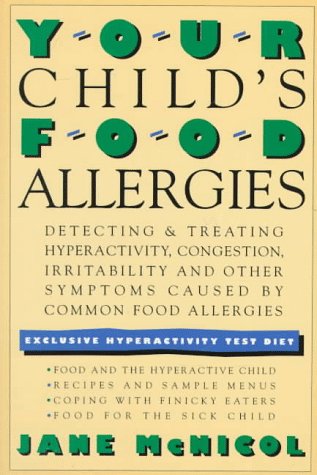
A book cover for Your Child's Food Allergies: Detecting & Treating Hyperactivity, Congestion, Irritability and other Symptoms Caused by Common Food Allergies; Jane McNicol; Health, Fitness & Dieting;